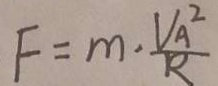
F = m \cdot \frac { V _ { A } ^ { 2 } } { R }